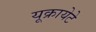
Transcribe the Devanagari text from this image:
यूक्रायेटे